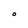
Character: O